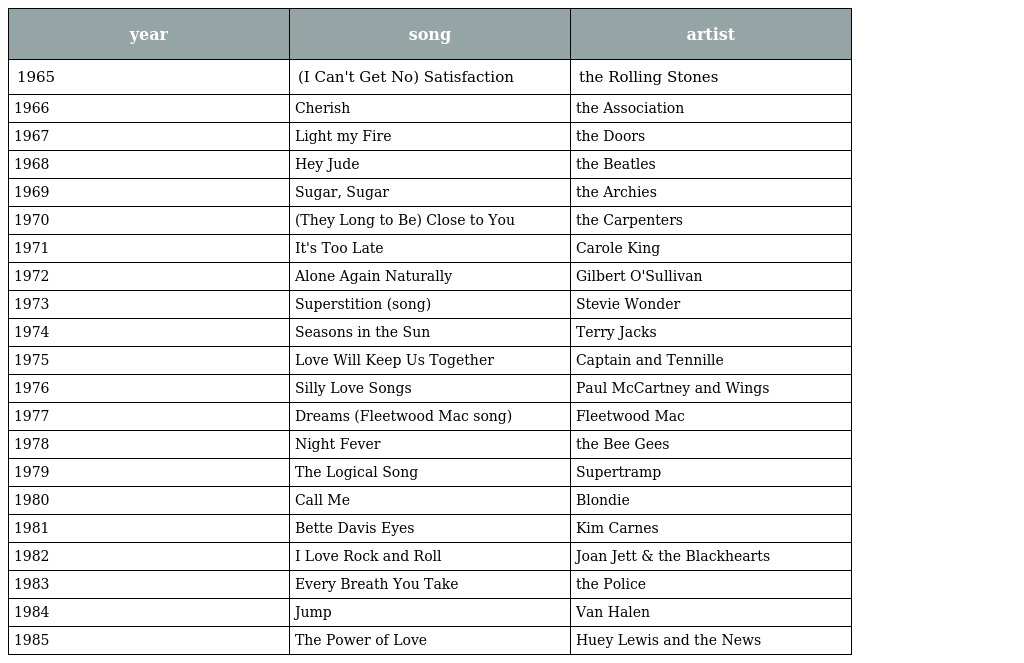
| year | song | artist |
 | --- | --- | --- |
 | 1965 | (I Can't Get No) Satisfaction | the Rolling Stones |
 | 1966 | Cherish | the Association |
 | 1967 | Light my Fire | the Doors |
 | 1968 | Hey Jude | the Beatles |
 | 1969 | Sugar, Sugar | the Archies |
 | 1970 | (They Long to Be) Close to You | the Carpenters |
 | 1971 | It's Too Late | Carole King |
 | 1972 | Alone Again Naturally | Gilbert O'Sullivan |
 | 1973 | Superstition (song) | Stevie Wonder |
 | 1974 | Seasons in the Sun | Terry Jacks |
 | 1975 | Love Will Keep Us Together | Captain and Tennille |
 | 1976 | Silly Love Songs | Paul McCartney and Wings |
 | 1977 | Dreams (Fleetwood Mac song) | Fleetwood Mac |
 | 1978 | Night Fever | the Bee Gees |
 | 1979 | The Logical Song | Supertramp |
 | 1980 | Call Me | Blondie |
 | 1981 | Bette Davis Eyes | Kim Carnes |
 | 1982 | I Love Rock and Roll | Joan Jett & the Blackhearts |
 | 1983 | Every Breath You Take | the Police |
 | 1984 | Jump | Van Halen |
 | 1985 | The Power of Love | Huey Lewis and the News |